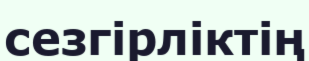
сезгірліктің